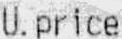
U.PRICE